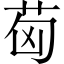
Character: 𦭪